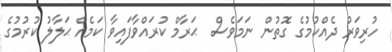
ހުރިވަރު ދެއްކުމުގެ ގޮތުން ނަމަވެސް  ޙަރާމް ކުރައްވާފައިވާ ކަމެއް ޙަލާލު ކުރުމުގެ